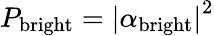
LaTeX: P_{\mathrm{bright}}=\left|\alpha_{\mathrm{bright}}\right|^{2}